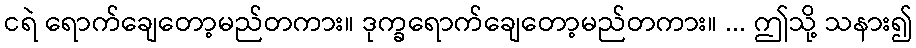
ငရဲ ရောက်ချေတော့မည်တကား။ ဒုက္ခရောက်ချေတော့မည်တကား။ ... ဤသို့ သနား၍